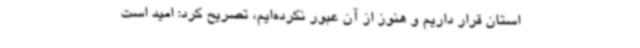
استان قرار داریم و هنوز از آن عبور نکرده‌ایم، تصریح کرد: امید است